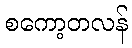
စကော့တလန်